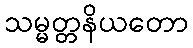
သမ္မတ္တနိယတော